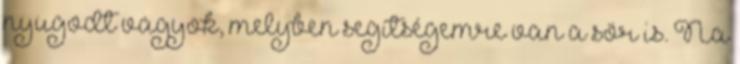
nyugodt vagyok, melyben segítségemre van a sör is. Na